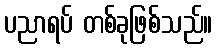
ပညာရပ် တစ်ခုဖြစ်သည်။